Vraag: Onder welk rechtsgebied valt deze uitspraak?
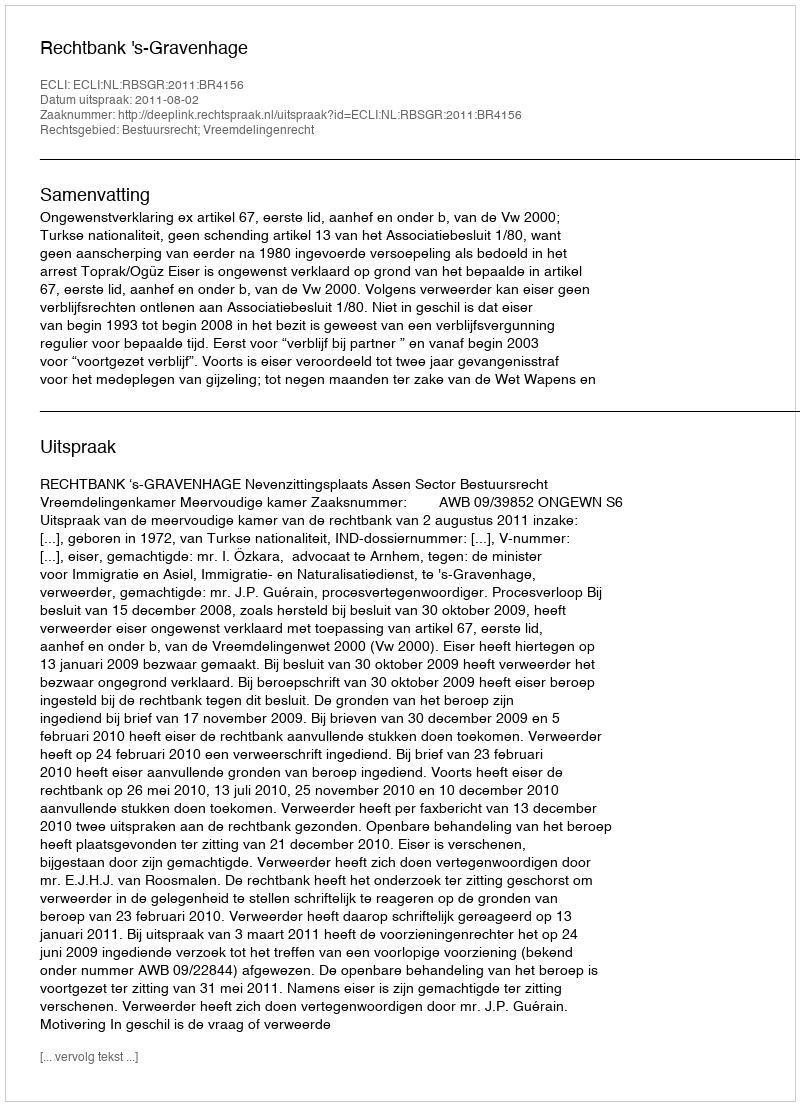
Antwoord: Bestuursrecht; Vreemdelingenrecht